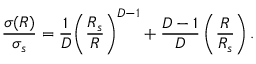
\frac { \sigma ( R ) } { \sigma _ { s } } = \frac { 1 } { D } { \left( \frac { R _ { s } } { R } \right) } ^ { D - 1 } + \frac { D - 1 } { D } \left( \frac { R } { R _ { s } } \right) .